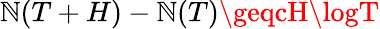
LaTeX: \mathbb{N}(T+H)-\mathbb{N}(T)\geqcH\logT